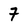
Character: 7